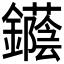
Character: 𨯛